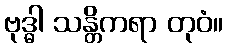
ဗုဒ္ဓါ သန္တိကရာ တုဝံ။